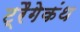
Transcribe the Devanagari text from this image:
ट्रैगेकंथ